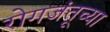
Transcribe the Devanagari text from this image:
रोगजंतूच्या